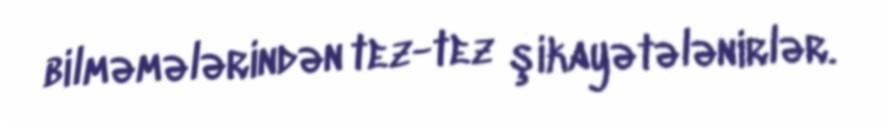
bilməmələrindən tez-tez şikayətələnirlər.